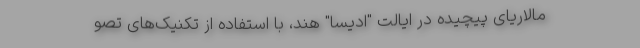
مالاریای پیچیده در ایالت "ادیسا" هند، با استفاده از تکنیک‌های تصو